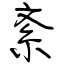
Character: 紊